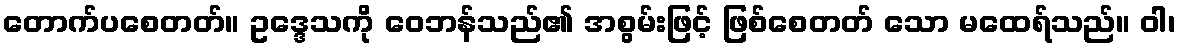
တောက်ပစေတတ်။ ဥဒ္ဒေသကို ဝေဘန်သည်၏ အစွမ်းဖြင့် ဖြစ်စေတတ် သော မထေရ်သည်။ ဝါ၊